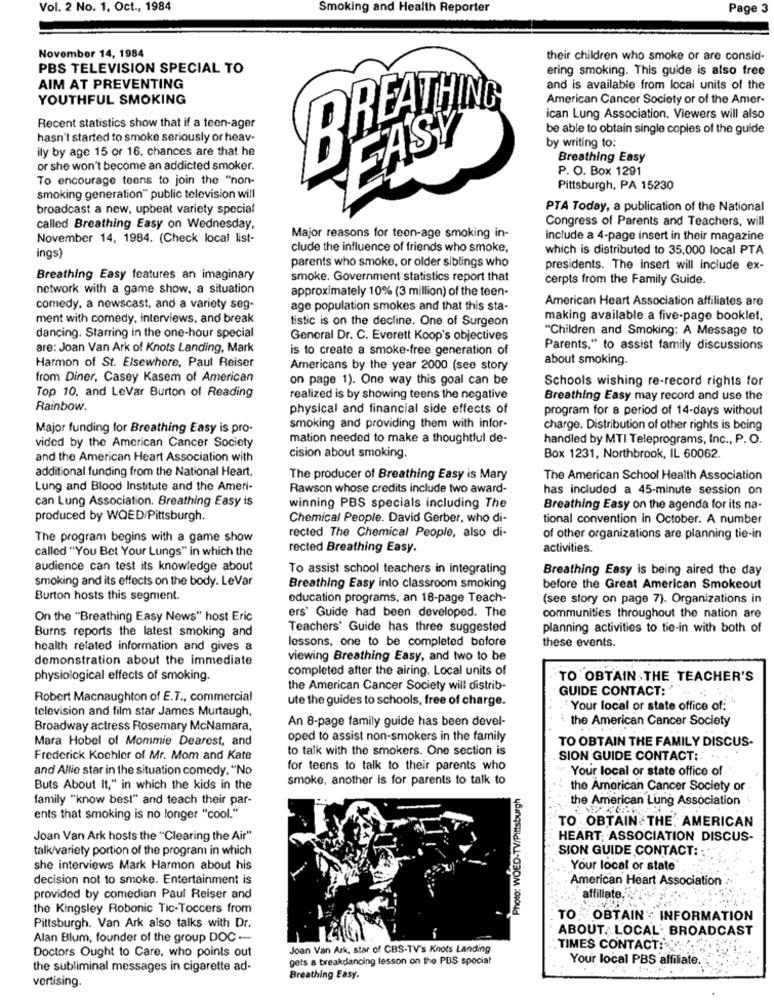
Vol. 2 No. 1, Oct ., 1984
Smoking and Health Reporter
Page 3
November 14, 1984
their children who smoke or are consid-
PBS TELEVISION SPECIAL TO
ering smoking. This guide is also free
AIM AT PREVENTING
and is available from local units of the
YOUTHFUL SMOKING
American Cancer Society or of the Amer-
REATHING
ican Lung Association. Viewers will also
Recent statistics show that if a teen-ager
be able to obtain single copies of the guide
hasn't started to smoke seriously or heav-
EASY
by writing to:
ily by age 15 or 16. chances are that he
B
Breathing Easy
or she won't become an addicted smoker.
P. O. Box 1291
To encourage teens to join the "non-
Pittsburgh, PA 15230
smoking generation" public television will
broadcast a new, upbeat variety special
PTA Today, a publication of the National
Congress of Parents and Teachers, will
called Breathing Easy on Wednesday,
November 14, 1984. (Check local list-
Major reasons for teen-age smoking in-
Include a 4-page insert in their magazine
clude the influence of friends who smoke,
which is distributed to 35,000 local PTA
ings)
parents who smoke, or older siblings who
presidents. The insert will include ex-
Breathing Easy features an imaginary
smoke. Government statistics report that
cerpts from the Family Guide.
network with a game show, a situation
approximately 10% (3 million) of the teen-
American Heart Association affiliates are
comedy. a newscast, and a variety seg-
age population smokes and that this sta-
ment with comedy, interviews, and break
tistic is on the decline. One of Surgeon
making available a five-page booklet,
"Children and Smoking: A Message to
dancing. Starring in the one-hour special
General Dr. C. Everett Koop's objectives
are: Joan Van Ark of Knots Landing, Mark
is to create a smoke-free generation of
Parents." to assist family discussions
about smoking.
Harmon of St. Elsewhere, Paul Reiser
Americans by the year 2000 (see story
from Diner, Casey Kasem of American
on page 1). One way this goal can be
Schools wishing re-record rights for
Top 10, and Levar Burton of Reading
realized is by showing teens the negative
Breathing Easy may record and use the
Rainbow.
physical and financial side effects of
program for a period of 14-days without
Major funding for Breathing Easy is pro-
smoking and providing them with infor-
charge. Distribution of other rights is being
vided by the American Cancer Society
mation needed to make a thoughtful de-
handled by MTI Teleprograms, Inc ., P. O.
and the American Heart Association with
cision about smoking.
Box 1231, Northbrook, IL 60062.
additional funding from the National Heart.
The producer of Breathing Easy is Mary
The American School Health Association
Lung and Blood Institute and the Ameri-
Rawson whose credits include two award-
has included a 45-minute session on
can Lung Association. Breathing Easy is
winning PBS specials including The
Breathing Easy on the agenda for its na-
produced by WOED/Pittsburgh.
Chemical People. David Gerber, who di-
tional convention in October. A number
The program begins with a game show
rected The Chemical People, also di-
of other organizations are planning tie-in
called "You Bet Your Lungs" in which the
rected Breathing Easy.
activities.
audience can test its knowledge about
To assist school teachers in integrating
Breathing Easy is being aired the day
smoking and its effects on the body. LeVar
Breathing Easy into classroom smoking
before the Great American Smokeout
Burton hosts this segment.
education programs, an 18-page Teach-
(see story on page 7). Organizations in
On the "Breathing Easy News" host Eric
ers' Guide had been developed. The
communities throughout the nation are
Burns reports the latest smoking and
Teachers' Guide has three suggested
planning activities to tie-in with both of
lessons, one to be completed bofore
these events.
health related information and gives a
demonstration about the immediate
viewing Breathing Easy, and two to be
completed after the airing. Local units of
physiological effects of smoking.
TO OBTAIN THE TEACHER'S
the American Cancer Society will distrib-
GUIDE CONTACT:
Robert Macnaughton of E.T ., commercial
ute the guides to schools, free of charge.
television and film star James Murtaugh,
Your local or state office of:
An 8-page family guide has been devel-
the American Cancer Society
Broadway actress Rosemary McNamara.
Mara Hobel of Mommie Dearest, and
oped to assist non-smokers in the family
to talk with the smokers. One section is
TO OBTAIN THE FAMILY DISCUS-
Frederick Kochler of Mr. Mom and Kate
SION GUIDE CONTACT: . .
and Alfie star in the situation comedy. "No
for teens to talk to their parents who
Your local or state office of
smoke, another is for parents to talk to
Buts About It," in which the kids in the
Photo: WOED-TV/Pittsburgh
the American Cancer Society or
family "know best" and teach their par-
the American Lung Association
ents that smoking is no longer "cool."
TO OBTAIN THE, AMERICAN
Joan Van Ark hosts the "Clearing the Air"
HEART; ASSOCIATION DISCUS-
talk/variety portion of the program in which
SION GUIDE CONTACT:
she interviews Mark Harmon about his
Your local or state
decision not to smoke. Entertainment is
American Heart Association
provided by comedian Paul Reiser and
affiliate,
the Kingsley Robonic Tic-Toccers from
TO OBTAIN : INFORMATION
Pittsburgh. Van Ark also talks with Dr.
ABOUT. LOCAL* BROADCAST
Alan Blum, founder of the group DOC -
Doctors Ought to Care, who points out
Joan Van Ark, star of CBS-TV's Knots Landing
TIMES CONTACT:
gets a breakdancing lesson on the PBS special
Your local PBS affiliate.
the subliminal messages in cigarette ad-
vertising.
Breathing Easy.